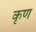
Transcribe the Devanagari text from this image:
कृण